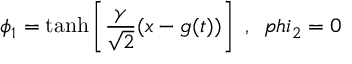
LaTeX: \phi _ { 1 } = \operatorname { t a n h } \left[ { \frac { \gamma } { \sqrt { 2 } } } ( x - g ( t ) ) \right] \ , \ \, p h i _ { 2 } = 0